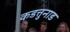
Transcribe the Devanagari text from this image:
कडत्तुनाड